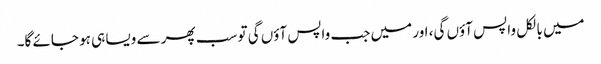
میں بالکل واپس آؤں گی، اور میں جب واپس آؤں گی تو سب پھر سے ویسا ہی ہو جائے گا۔